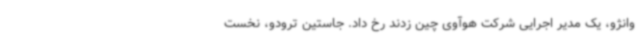
وانژو، یک مدیر اجرایی شرکت هوآوی چین زدند رخ داد. جاستین ترودو، نخست